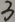
3